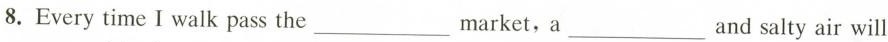
8.Every time I walk pass the ___ market, a ___ and salty air will